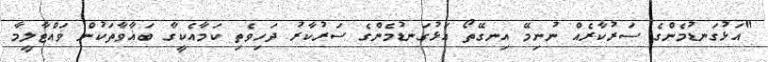
"އަޅުގަނޑުމެންގެ ސަރުކާރެއް ނުނިމޭ އިނގޭތޯ އަޅުގަނޑުމެންގެ ސަރުކާރު ދަހިވެތި ކަމާއެކީގާ ބަޣާވާތަކުން ވައްޓާލީމާ